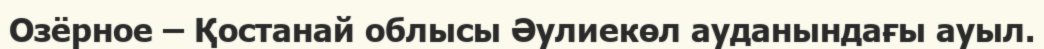
Озёрное – Қостанай облысы Әулиекөл ауданындағы ауыл.